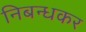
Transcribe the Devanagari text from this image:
निबन्धकर